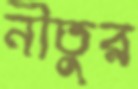
নীতুর